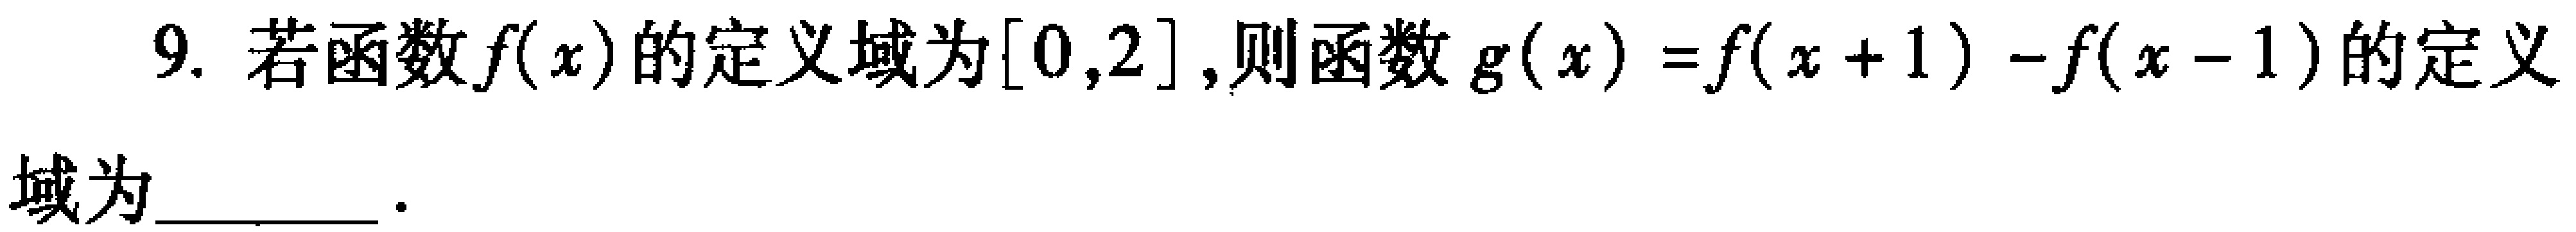
9. 若函数\(f(x)\)的定义域为\([0,2]\)，则函数\(g(x)=f(x + 1)-f(x - 1)\)的定义域为  ．